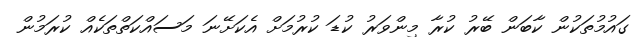
ގައުމުތަކުން ކާބަން ބޭރު ކުރާ މިންވަރު ކުޑަ ކުރުމަށް އެކަށޭނަ މަސައްކަތްތަކެއް ކުރަމުން